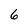
Character: 6